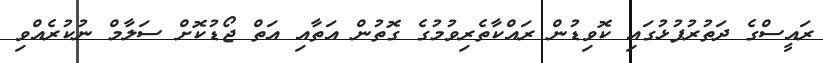
ރައީސްގެ ދަތުރުފުޅުގައި ކޮވިޑުން ރައްކާތެރިވުމުގެ ގޮތުން އަތާއި އަތް ޖޯޑުކޮށް ސަލާމް ނުކުރެއްވި